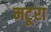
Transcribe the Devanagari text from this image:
मटूरा